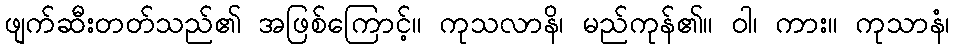
ဖျက်ဆီးတတ်သည်၏ အဖြစ်ကြောင့်။ ကုသလာနိ၊ မည်ကုန်၏။ ဝါ၊ ကား။ ကုသာနံ၊